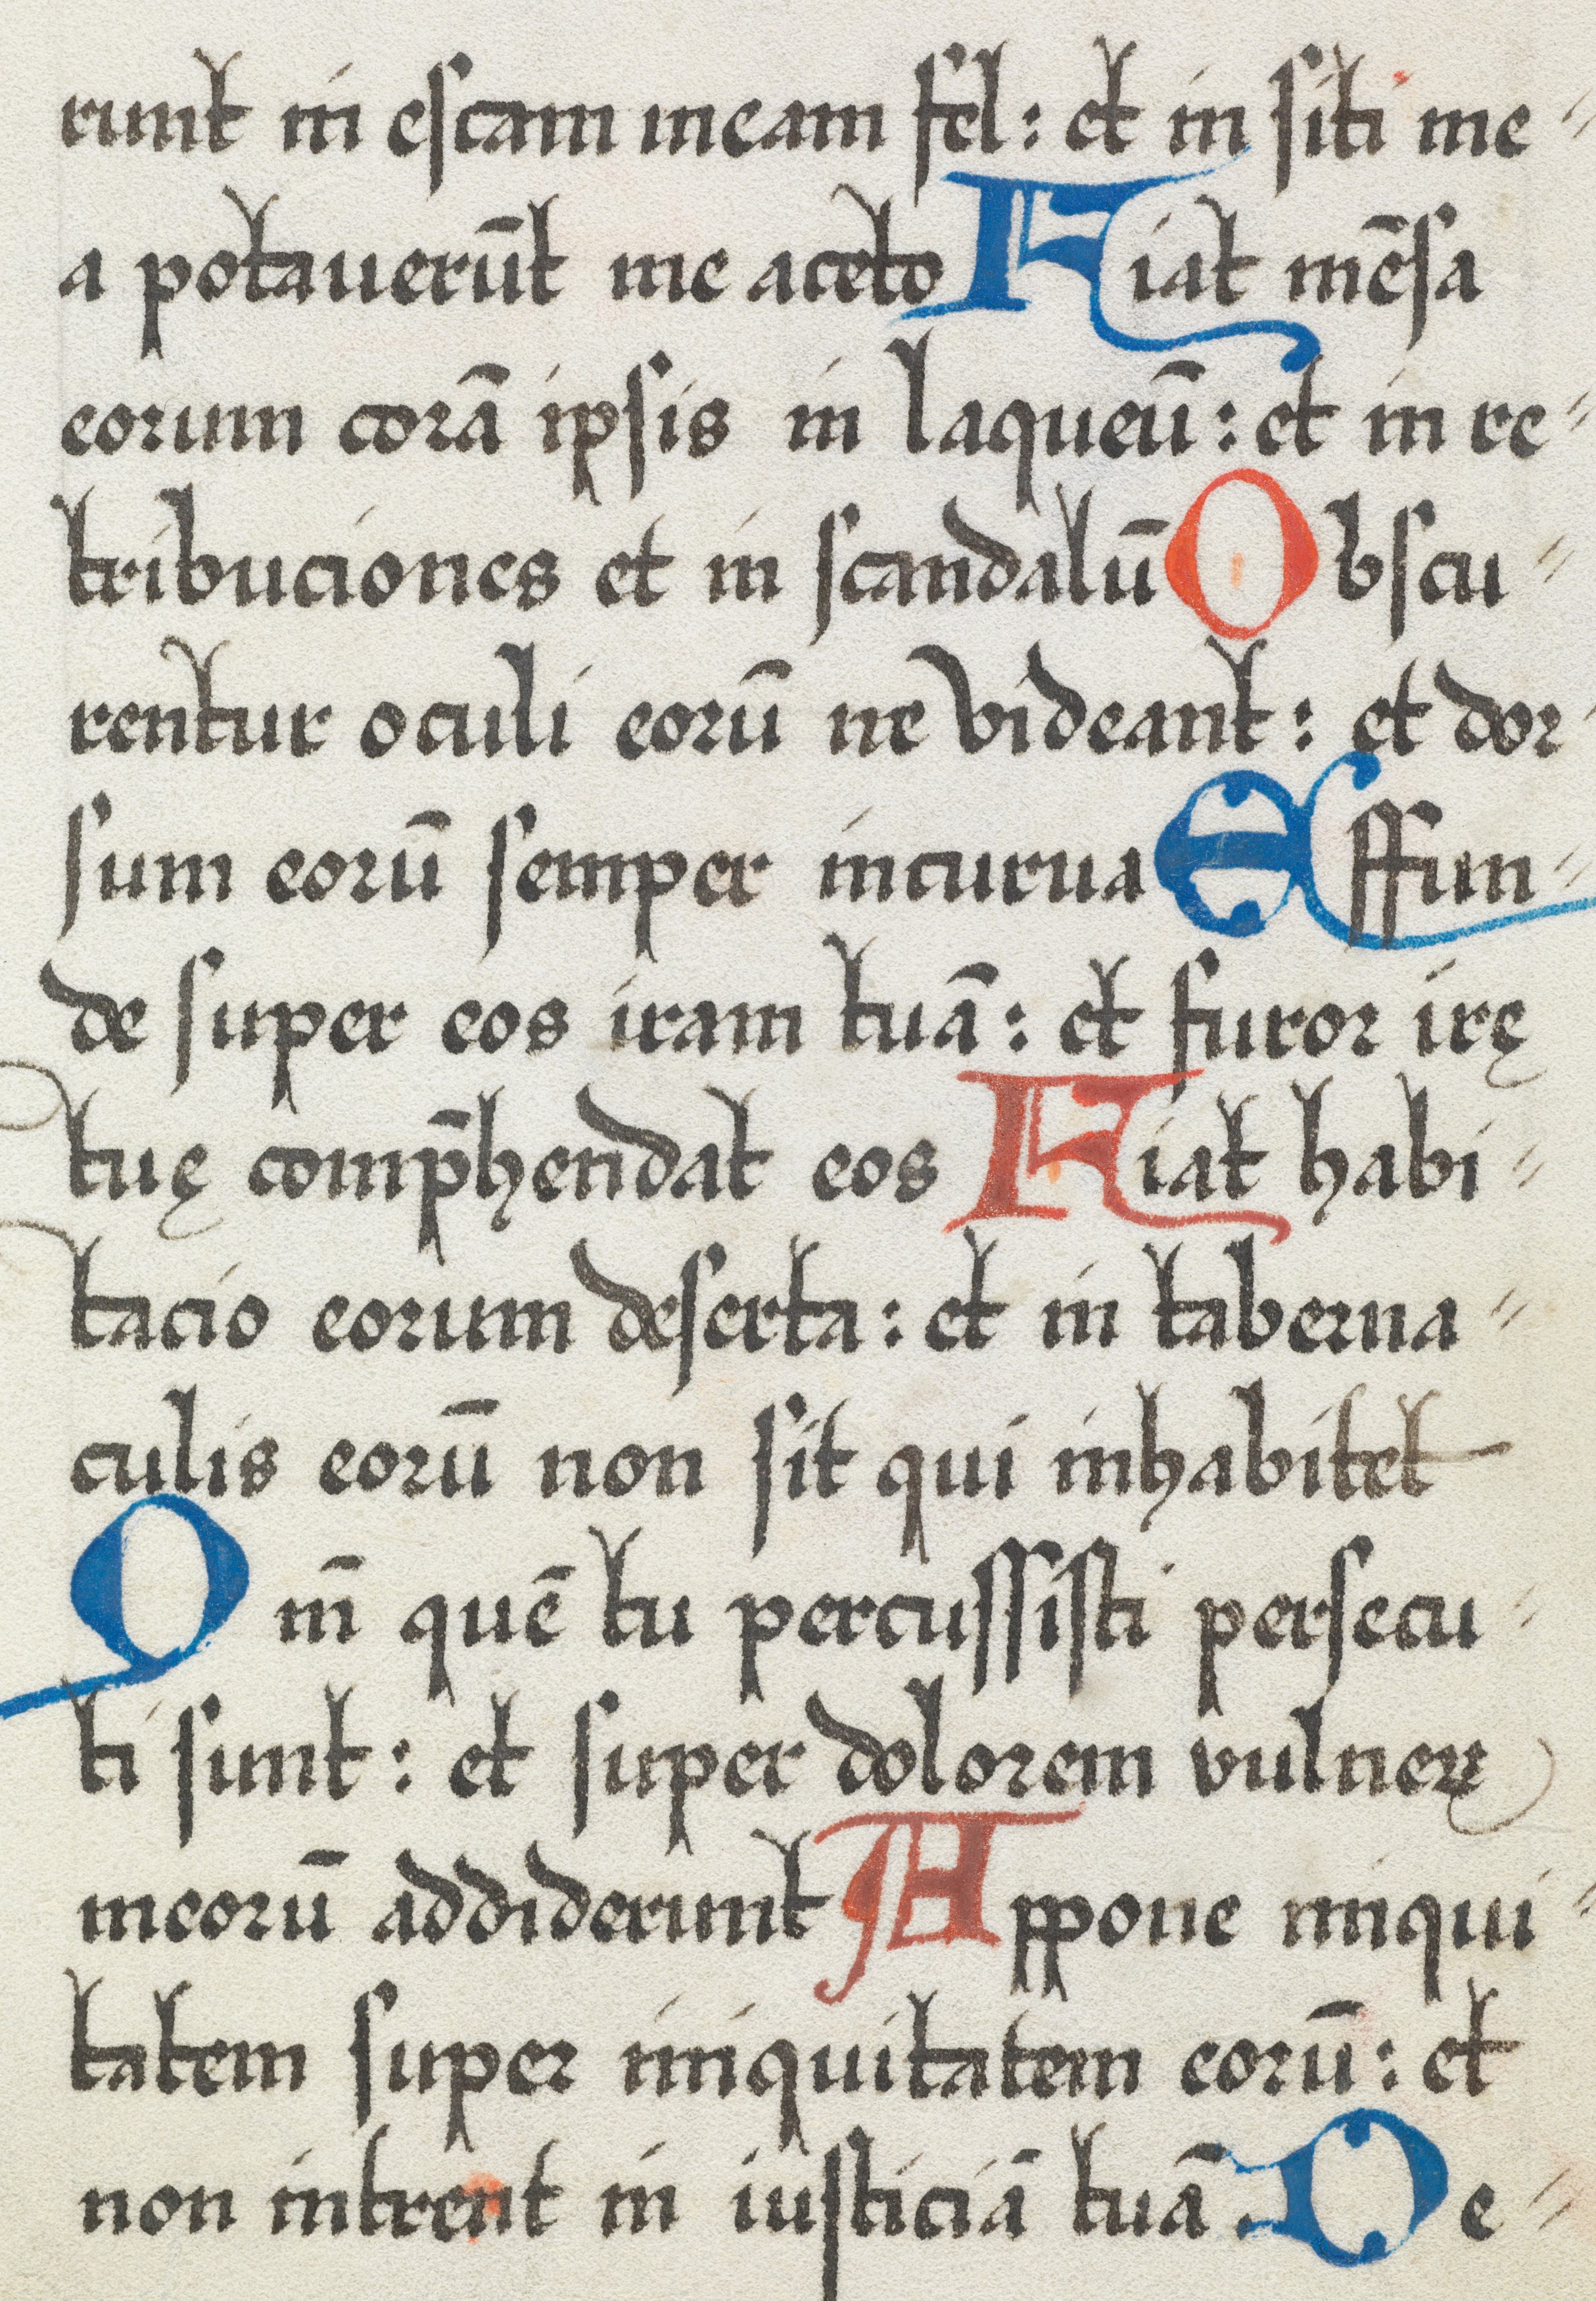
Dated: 1574–1574